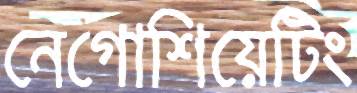
নেগোশিয়েটিং